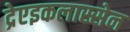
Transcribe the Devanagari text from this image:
द्रेएइकलास्सेन